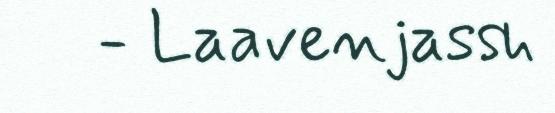
- Laavenjassh